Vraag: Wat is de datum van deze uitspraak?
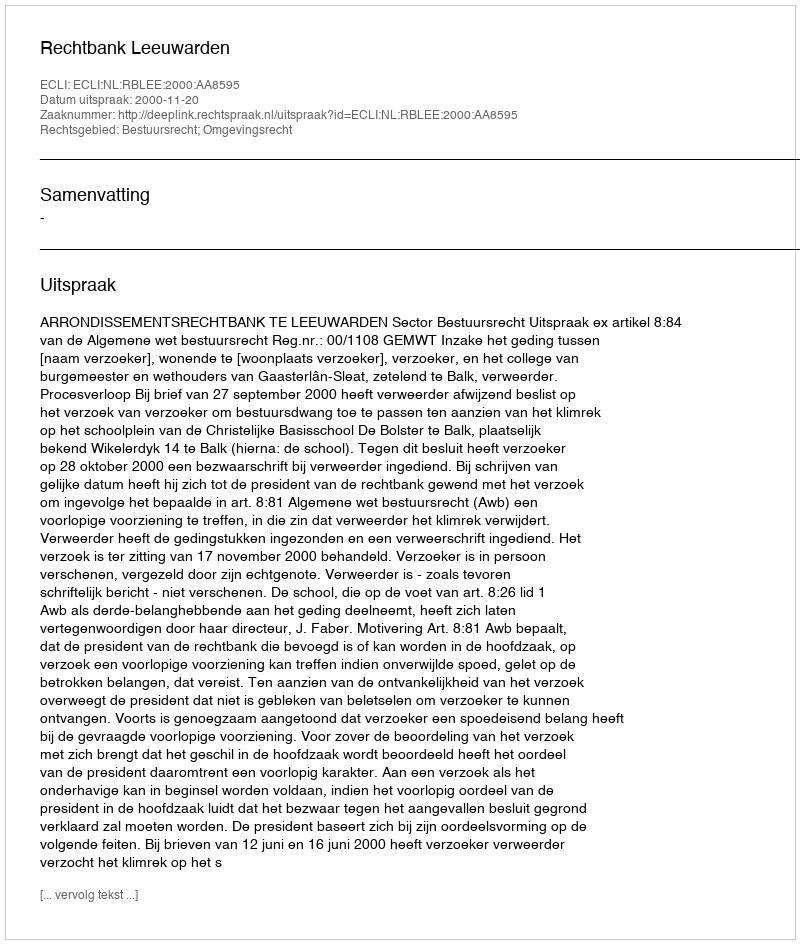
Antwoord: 2000-11-20